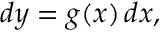
d y = g ( x ) \, d x ,